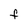
Character: F